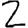
Digit: 2